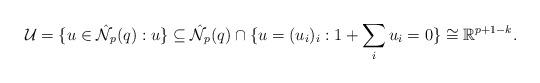
LaTeX: \begin{align*} \mathcal{U}=\{u\in\hat{\mathcal{N}}_p(q):u\}\subseteq\hat{\mathcal{N}}_p(q)\cap\{u=(u_i)_i:1+\sum_iu_i=0\}\cong\mathbb{R}^{p+1-k}.\end{align*}